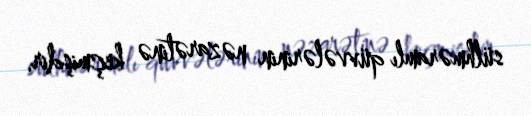
sülhməramlı qüvvələrinin nəzarətinə keçmişdir.